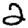
Digit: 2